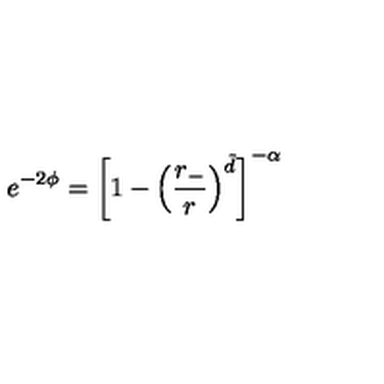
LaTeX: e ^ { - 2 \phi } = \left[ 1 - \left( \frac { r _ { - } } { r } \right) ^ { \tilde { d } } \right] ^ { - \alpha }